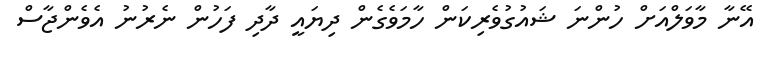
އޭނާ މާވަލްއަށް ހުންނަ ޝައުގުވެރިކަން ހާމަވެގެން ދިޔައީ ދާދި ފަހުން ނެރުނު އެވެންޖާސް